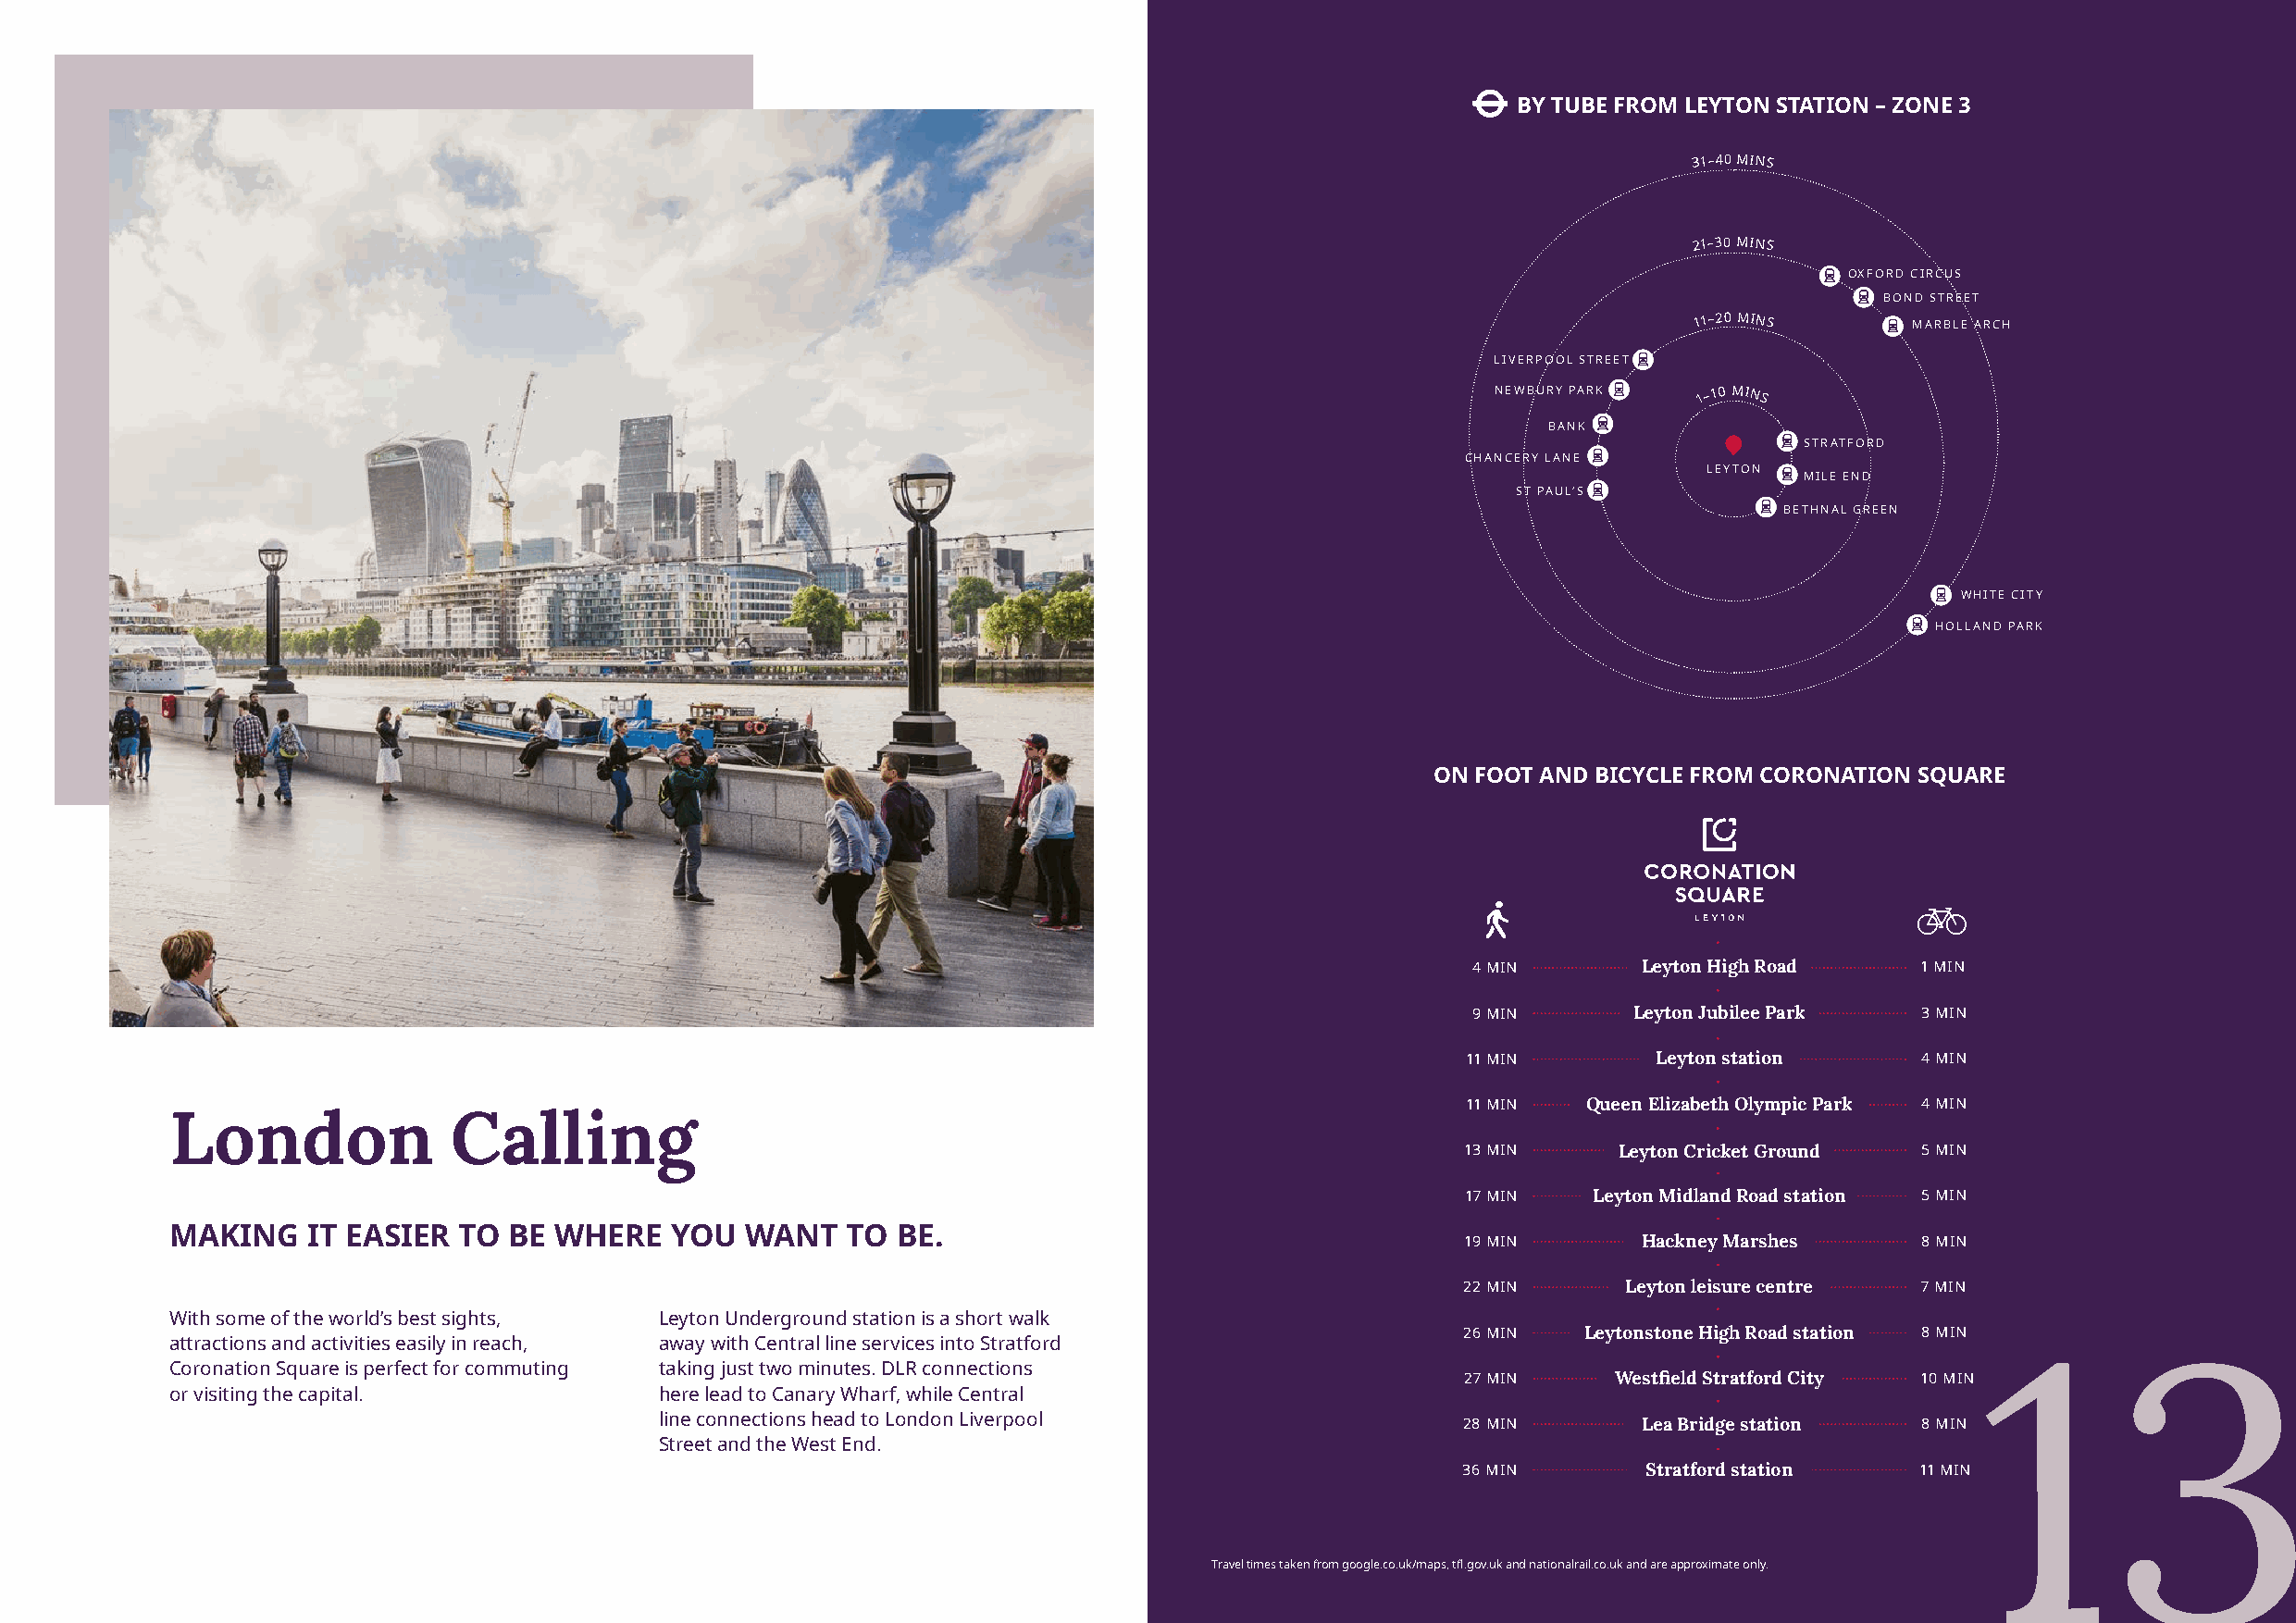
BY TUBE FROM LEYTON STATION – ZONE 3
 31–40 MINS
 21–30 MINS
 OXFORD CIRCUS
 BOND STREET
 11–20 MINS
 MARBLE ARCH
 LIVERPOOL STREET
 NEWBURY PARK   1–10 MINS
 BANK
 STRATFORD
 CHANCERY LANE
 LEYTON
 MILE END
 ST PAUL’S
 BETHNAL GREEN
 WHITE CITY
 HOLLAND PARK
 ON FOOT AND BICYCLE FROM CORONATION SQUARE
 4 MIN       Leyton High Road    1 MIN
 9 MIN       Leyton Jubilee Park 3 MIN
 11 MIN       Leyton station     4 MIN
 11 MIN  Queen Elizabeth Olympic Park 4 MIN
 London              Calling
 13 MIN     Leyton Cricket Ground 5 MIN
 17 MIN   Leyton Midland Road station 5 MIN
 MAKING    IT EASIER  TO BE  WHERE   YOU  WANT    TO BE.
 19 MIN      Hackney Marshes     8 MIN
 22 MIN     Leyton leisure centre 7 MIN
 With some of the world’s best sights, Leyton Underground station is a short walk
 26 MIN  Leytonstone High Road station 8 MIN
 attractions and activities easily in reach, away with Central line services into Stratford
 Coronation Square is perfect for commuting taking just two minutes. DLR connections                                               13
 27 MIN    Westfield Stratford City 10 MIN
 or visiting the capital.           here lead to Canary Wharf, while Central
 line connections head to London Liverpool                 28 MIN      Lea Bridge station  8 MIN
 Street and the West End.
 36 MIN       Stratford station  11 MIN
 Travel times taken from google.co.uk/maps, tfl.gov.uk and nationalrail.co.uk and are approximate only.